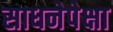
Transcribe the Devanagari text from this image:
साधनेपेक्षा